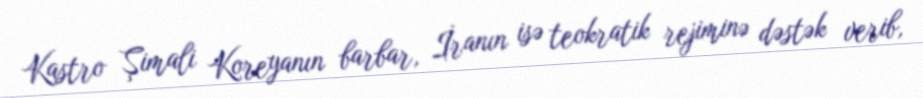
Kastro Şimali Koreyanın barbar, İranın isə teokratik rejiminə dəstək verib,